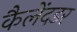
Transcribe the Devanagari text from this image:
कैलेंदडर